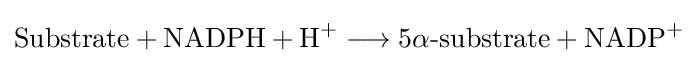
{{\text{Substrate}}{}+{}{\text{NADPH}}{}+{}\mathrm {H} {\vphantom {A}}^{+}{}\mathrel {\longrightarrow } {}{{\text{5}}\mathrm {\alpha } {\text{-substrate}}}{}+{}\mathrm {NADP} {\vphantom {A}}^{+}}